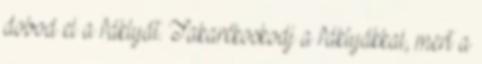
dobod el a fáklyát. Takarékoskodj a fáklyákkal, mert a